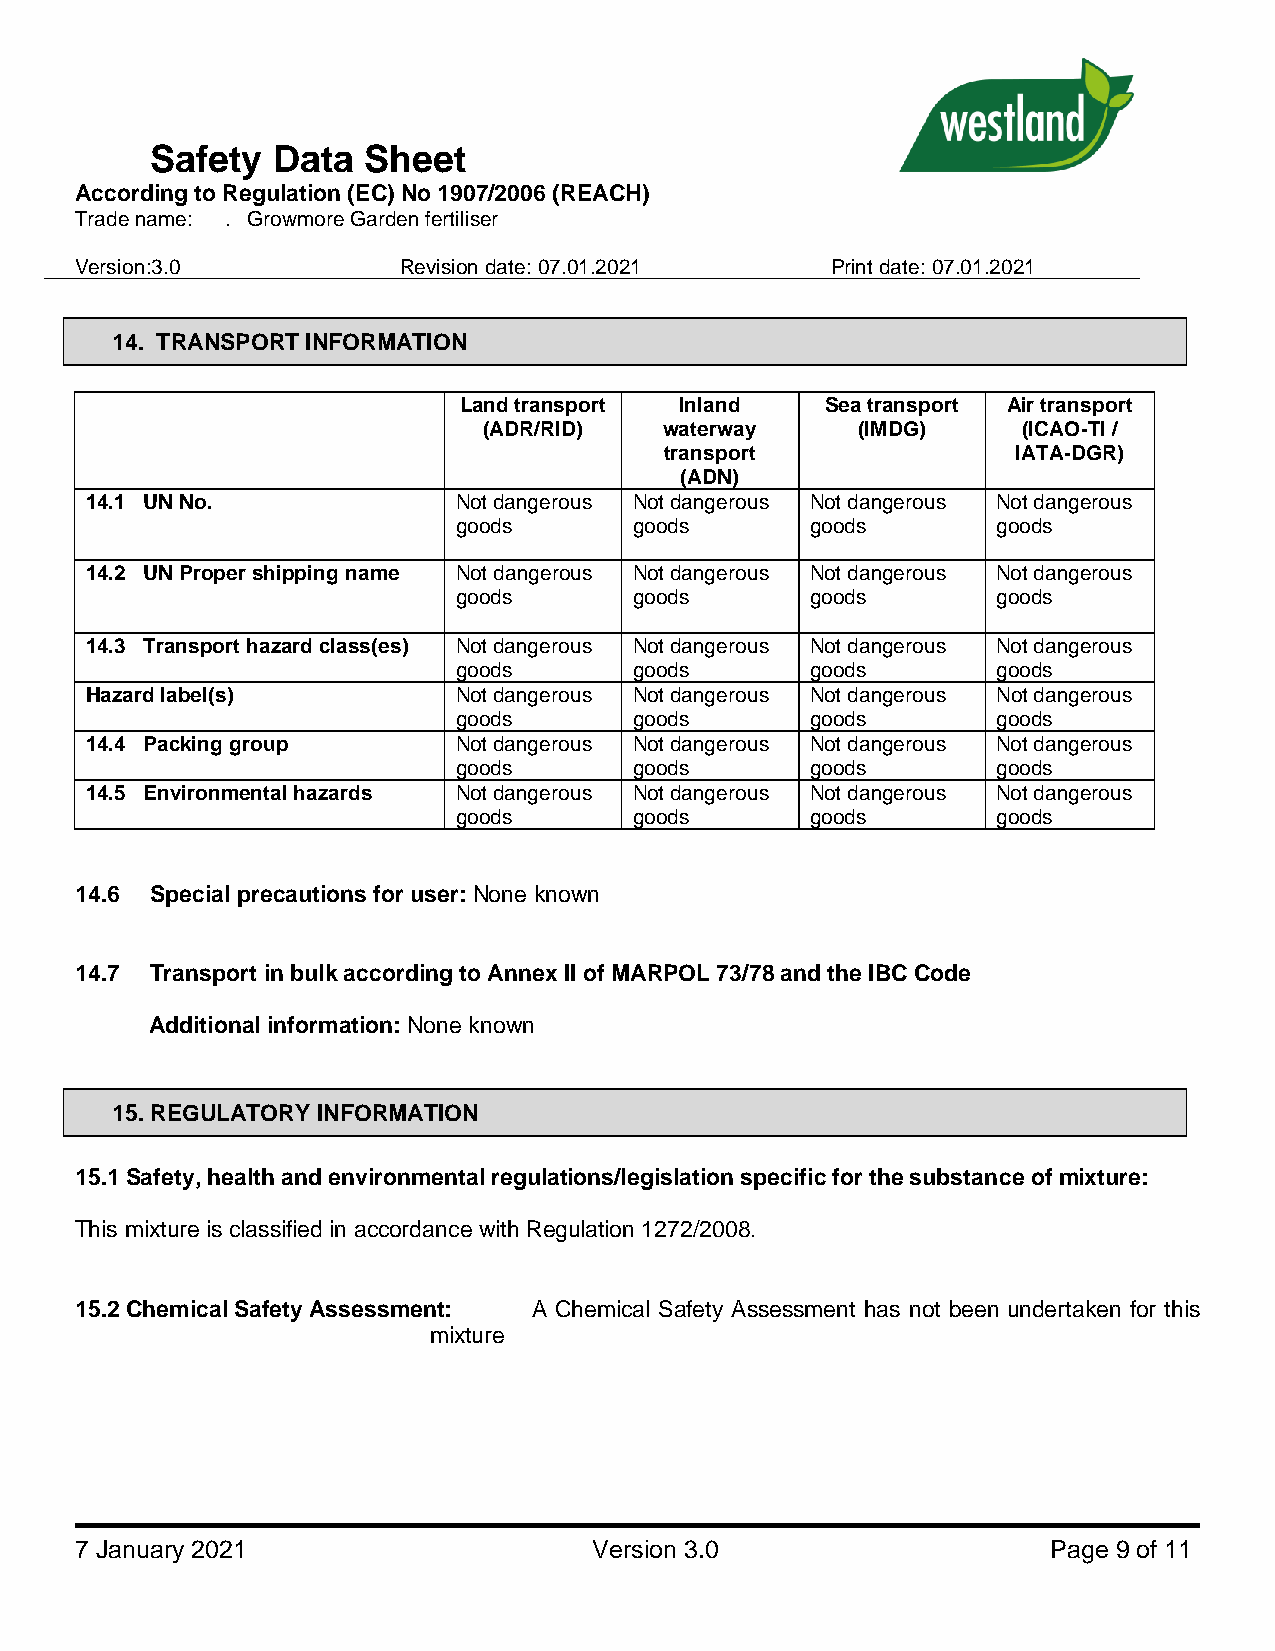
Safety  Data  Sheet
 According to Regulation (EC) No 1907/2006 (REACH)
 Trade name: . Growmore Garden fertiliser
 Version:3.0          Revision date: 07.01.2021    Print date: 07.01.2021
 14. TRANSPORT INFORMATION
 Land transport Inland    Sea transport Air transport
 (ADR/RID)   waterway     (IMDG)     (ICAO-TI /
 transport              IATA-DGR)
 (ADN)
 14.1 UN No.             Not dangerous Not dangerous Not dangerous Not dangerous
 goods       goods       goods       goods
 14.2 UN Proper shipping name Not dangerous Not dangerous Not dangerous Not dangerous
 goods       goods       goods       goods
 14.3 Transport hazard class(es) Not dangerous Not dangerous Not dangerous Not dangerous
 goods       goods       goods       goods
 Hazard label(s)         Not dangerous Not dangerous Not dangerous Not dangerous
 goods       goods       goods       goods
 14.4 Packing group      Not dangerous Not dangerous Not dangerous Not dangerous
 goods       goods       goods       goods
 14.5 Environmental hazards Not dangerous Not dangerous Not dangerous Not dangerous
 goods       goods       goods       goods
 14.6 Special precautions for user: None known
 14.7 Transport in bulk according to Annex II of MARPOL 73/78 and the IBC Code
 Additional information: None known
 15. REGULATORY INFORMATION
 15.1 Safety, health and environmental regulations/legislation specific for the substance of mixture:
 This mixture is classified in accordance with Regulation 1272/2008.
 15.2 Chemical Safety Assessment: A Chemical Safety Assessment has not been undertaken for this
 mixture
 7 January 2021                    Version 3.0                    Page 9 of 11